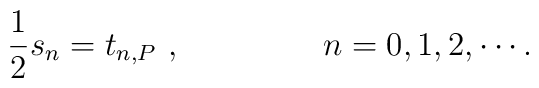
\frac{1}{2}s_n=t_{n,P}~,~~~~~~~~~~~~~n=0,1,2,\cdots.